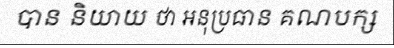
បាន និយាយ ថា អនុប្រធាន គណបក្ស